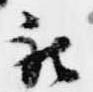
被